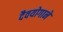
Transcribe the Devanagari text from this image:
दैवयोगाने